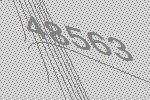
48563